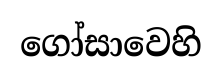
ගෝසාවෙහි